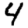
Digit: 4